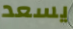
يسعد